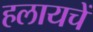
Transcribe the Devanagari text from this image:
हलायचें